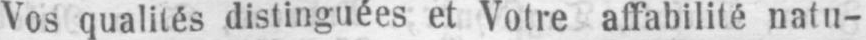
Vos qualités distinguées et Votre affabilité natu-